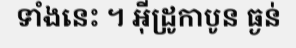
ទាំងនេះ ។ អ៊ីដ្រូកាបូន ធ្ងន់